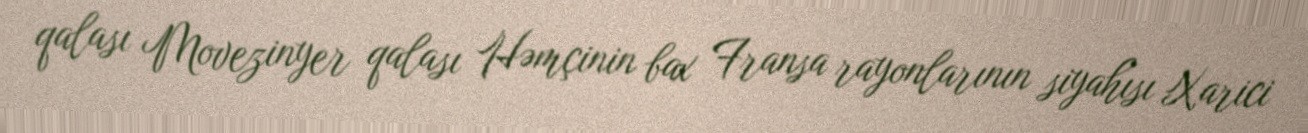
qalası Movezinyer qalası Həmçinin bax Fransa rayonlarının siyahısı Xarici